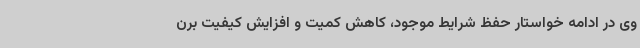
وی در ادامه خواستار حفظ شرایط موجود، کاهش کمیت و افزایش کیفیت برن